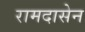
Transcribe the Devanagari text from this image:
रामदासेन